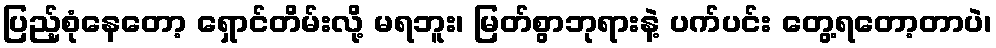
ပြည့်စုံနေတော့ ရှောင်တိမ်းလို့ မရဘူး၊ မြတ်စွာဘုရားနဲ့ ပက်ပင်း တွေ့ရတော့တာပဲ၊